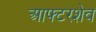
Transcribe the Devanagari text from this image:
आफ्टरशेव